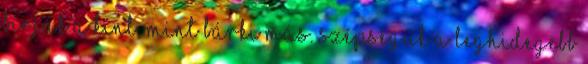
bírják a kínt, mint bárki más. Szépségük a leghidegebb